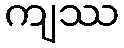
ကျဿ